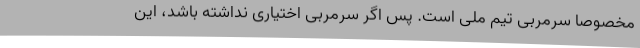
مخصوصا سرمربی تیم ملی است. پس اگر سرمربی اختیاری نداشته باشد، این